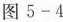
图5-4